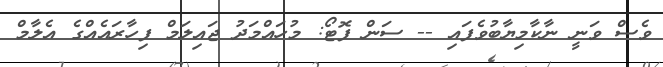
ވެސް ވަނީ ނާކާމިޔާބުވެފައި -- ސަން ފޮޓޯ: މުހައްމަދު ޖައިލަމް ފިހާރައެއްގެ އެލާމް